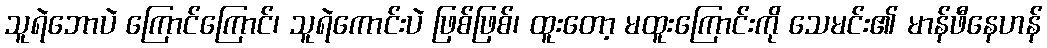
သူရဲဘောပဲ ကြောင်ကြောင်၊ သူရဲကောင်းပဲ ဖြစ်ဖြစ်၊ ထူးတော့ မထူးကြောင်းကို သေမင်း၏ မာန်ဖီနေဟန်